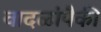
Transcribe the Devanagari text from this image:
वादळांपैकी